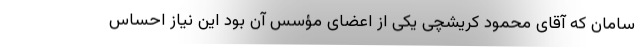
سامان که آقای محمود کریشچی یکی از اعضای مؤسس آن بود این نیاز احساس